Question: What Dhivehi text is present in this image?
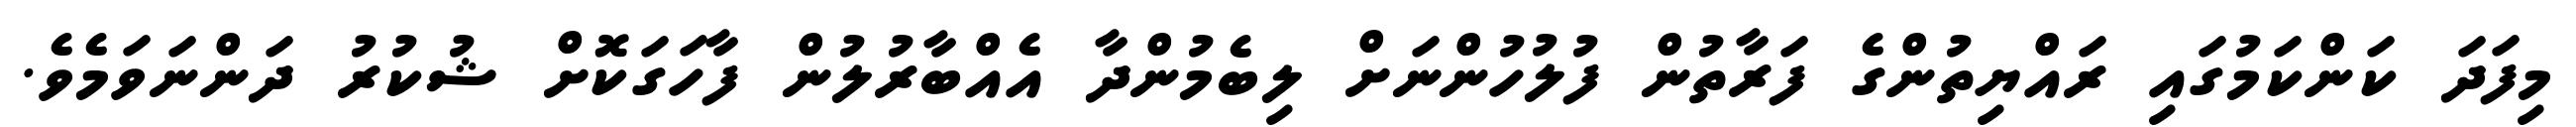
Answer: މިފަދަ ކަންކަމުގައި ރައްޔިތުންގެ ފަރާތުން ފުލުހުންނަށް ލިބެމުންދާ އެއްބާރުލުން ފާހަގަކޮށް ޝުކުރު ދަންނަވަމެވެ.